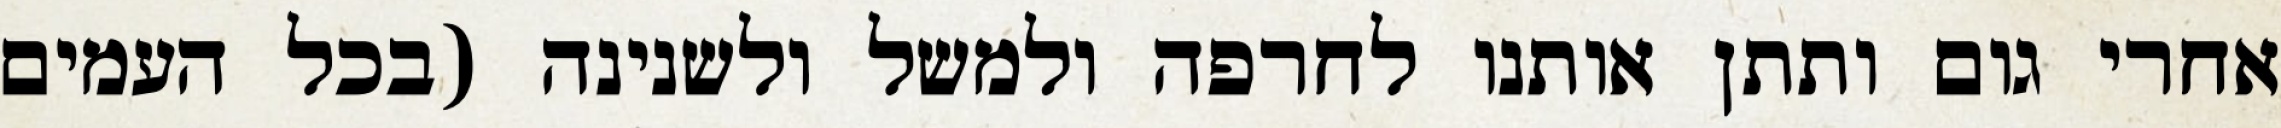
אחרי גום ותתן אותנו לחרפה ולמשל ולשנינה (בכל העמים